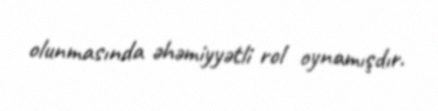
olunmasında əhəmiyyətli rol oynamışdır.